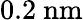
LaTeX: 0.2\ \mathrm{nm}